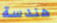
هندسة